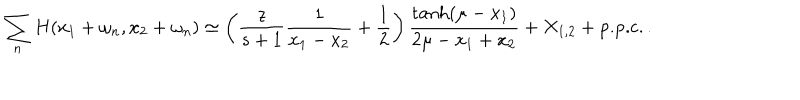
LaTeX: \sum _ { n } H ( x _ { 1 } + \omega _ { n } , x _ { 2 } + \omega _ { n } ) \simeq \left( \frac { z } { s + 1 } \frac { 1 } { x _ { 1 } - x _ { 2 } } + \frac { 1 } { 2 } \right) \frac { \tanh ( \mu - x _ { 1 } ) } { 2 \mu - x _ { 1 } + x _ { 2 } } + X _ { 1 , 2 } + \mathrm { p . p . c . } \, .